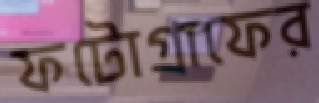
ফটোগ্রাফের